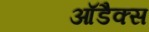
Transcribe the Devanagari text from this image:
आॅडैक्स